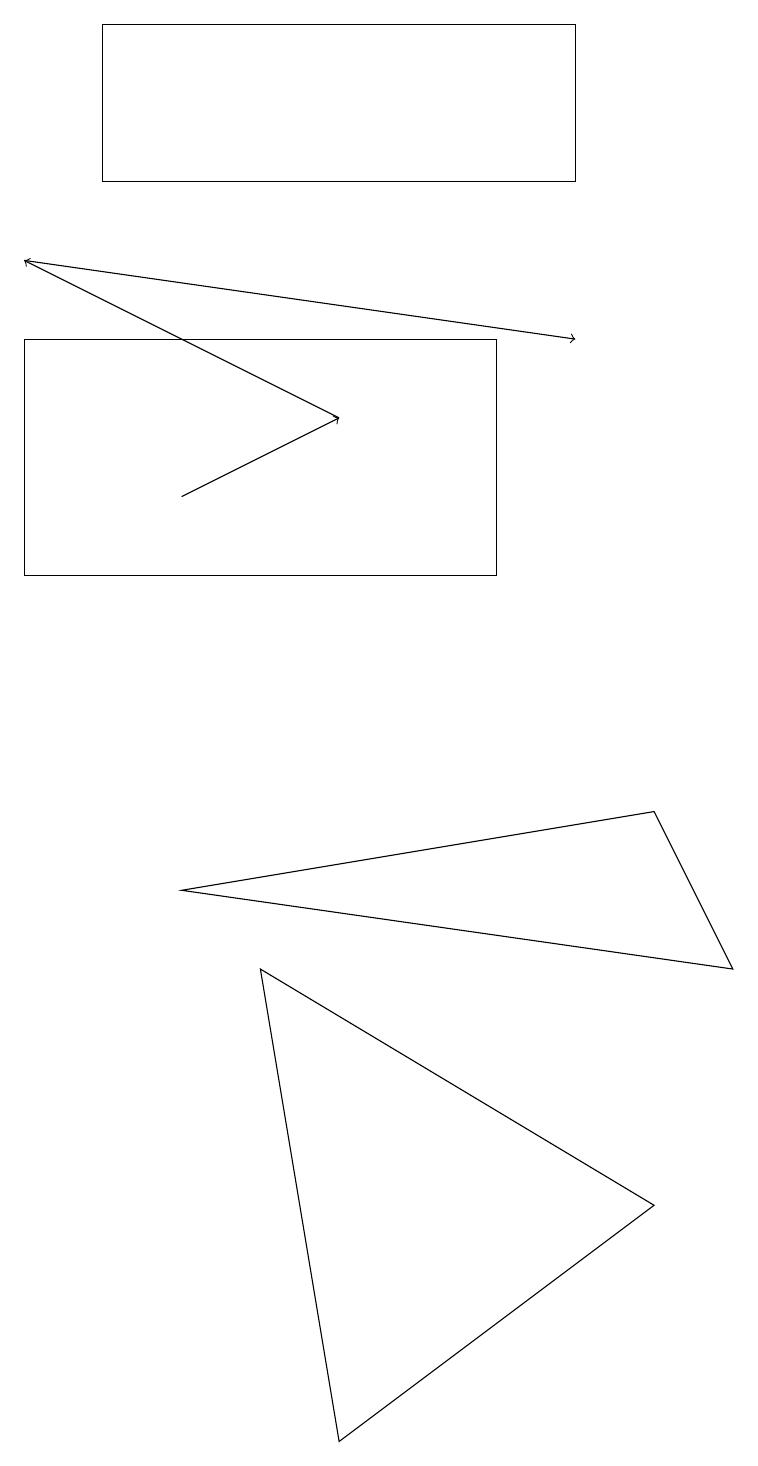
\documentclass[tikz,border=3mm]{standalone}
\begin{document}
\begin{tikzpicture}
\draw (9,7) -- (2,8) -- (8,9) -- cycle;
\draw (4,1) -- (3,7) -- (8,4) -- cycle;
\draw (0,12) rectangle (6,15);
\draw[->] (4,14) -- (0,16);
\draw (7,19) rectangle (1,17);
\draw[->] (2,13) -- (4,14);
\draw[->] (0,16) -- (7,15);
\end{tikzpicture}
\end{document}